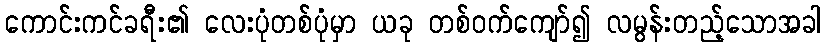
ကောင်းကင်ခရီး၏ လေးပုံတစ်ပုံမှာ ယခု တစ်ဝက်ကျော်၍ လမွန်းတည့်သောအခါ